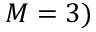
M = 3 )